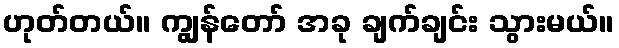
ဟုတ်တယ်။ ကျွန်တော် အခု ချက်ချင်း သွားမယ်။